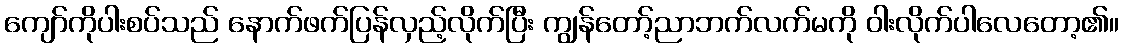
ကျော်ကိုပါးစပ်သည် နောက်ဖက်ပြန်လှည့်လိုက်ပြီး ကျွန်တော့်ညာဘက်လက်မကို ဝါးလိုက်ပါလေတော့၏။